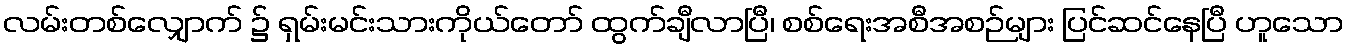
လမ်းတစ်လျှောက် ၌ ရှမ်းမင်းသားကိုယ်တော် ထွက်ချီလာပြီ၊ စစ်ရေးအစီအစဉ်များ ပြင်ဆင်နေပြီ ဟူသော